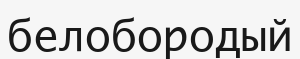
белобородый